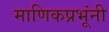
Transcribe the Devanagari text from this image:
माणिकप्रभूंनी